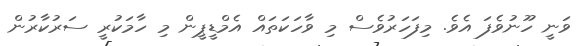
ވަނީ ހޫނުވެފަ އެވެ. މިފަހަރުވެސް މި ވާހަކަތައް އެމްޑީޕީން މި ހާމަކުރީ ސަރުކާރުން